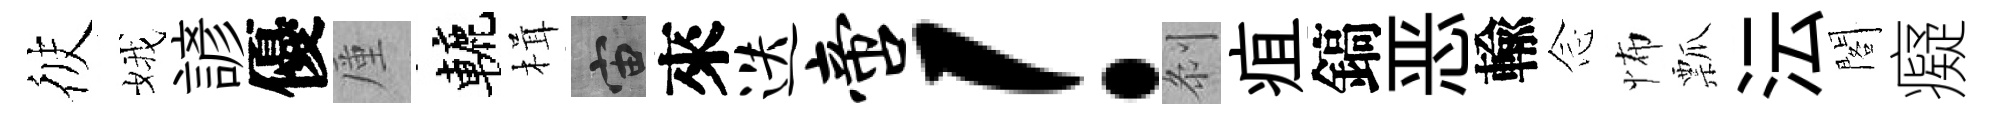
彼娥諺優厪轆楫宙來迭啻！𠛴疽鎬恶輸𫝹怖瓢沄閣癡